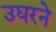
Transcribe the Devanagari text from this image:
उघरने